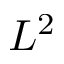
L ^ { 2 }